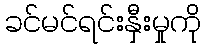
ခင်မင်ရင်းနှီးမှုကို